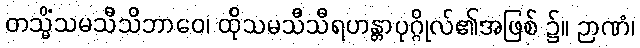
တသ္မိံသမသီသိဘာဝေ၊ ထိုသမသီသီရဟန္တာပုဂ္ဂိုလ်၏အဖြစ် ၌။ ဉာဏံ၊